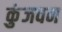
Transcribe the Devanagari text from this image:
कुंजवन